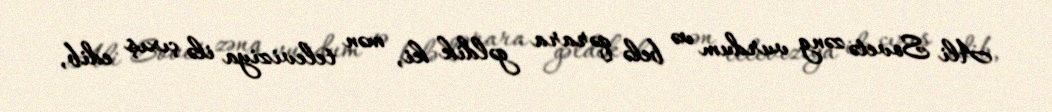
Ali Sovetə zəng vurdum və belə qərara gəldik ki, mən televiziya ilə çıxış edib,